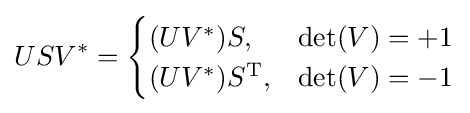
USV^{*}={\begin{cases}(UV^{*})S,&\det(V)=+1\\(UV^{*})S^{\mathrm {T} },&\det(V)=-1\end{cases}}